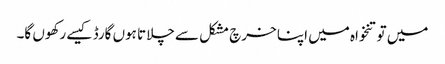
میں تو تنخواہ میں اپنا خرچ مشکل سے چلاتا ہوں گارڈ کیسے رکھوں گا۔